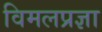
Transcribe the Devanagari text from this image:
विमलप्रज्ञा